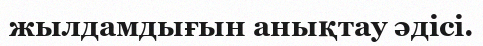
жылдамдығын анықтау әдісі.